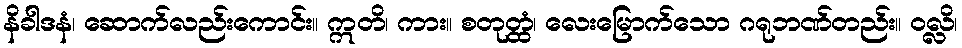
နိခါဒနံ၊ ဆောက်လည်းကောင်း။ ဣတိ၊ ကား။ စတုတ္ထံ၊ လေးမြောက်သော ဂရုဘဏ်တည်း။ ဝလ္လိ၊